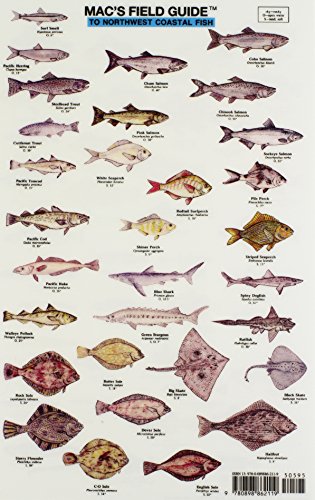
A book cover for Mac's Field Guide to Northwest Coastal Fish (Mac's Field Guides); Craig MacGowan; Sports & Outdoors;